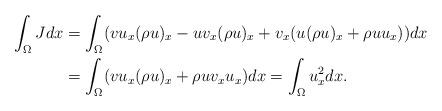
LaTeX: \begin{align*}\int_\Omega J dx&=\int_\Omega (v u_x (\rho u)_x-uv_x(\rho u)_x + v_x(u(\rho u)_x+\rho u u_x))dx\\&=\int_\Omega (v u_x(\rho u)_x + \rho u v_x u_x)dx = \int_\Omega u_x^2 dx.\end{align*}